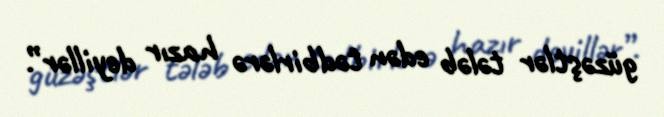
güzəştlər tələb edən tədbirlərə hazır deyillər”.